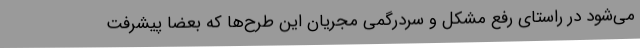
می‌شود در راستای رفع مشکل و سردرگمی مجریان این طرح‌ها که بعضاً پیشرفت